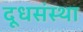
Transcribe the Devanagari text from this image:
दूधसंस्था